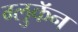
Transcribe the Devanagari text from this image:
ग्लुकॅन